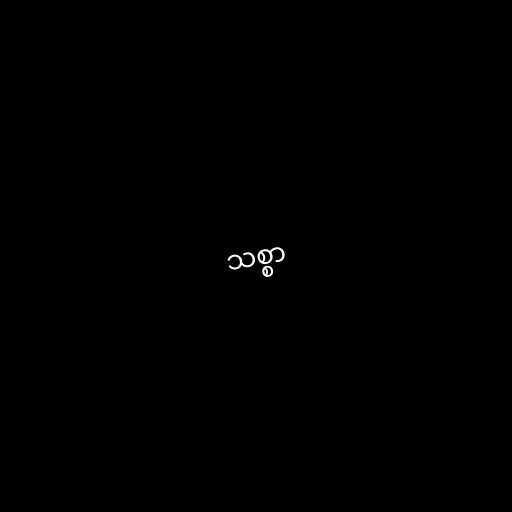
သစ္စာ